Sanitation, dispensaries and jails vaccination Rajputana 1922-1927 - 1922-1927
Year: 1922
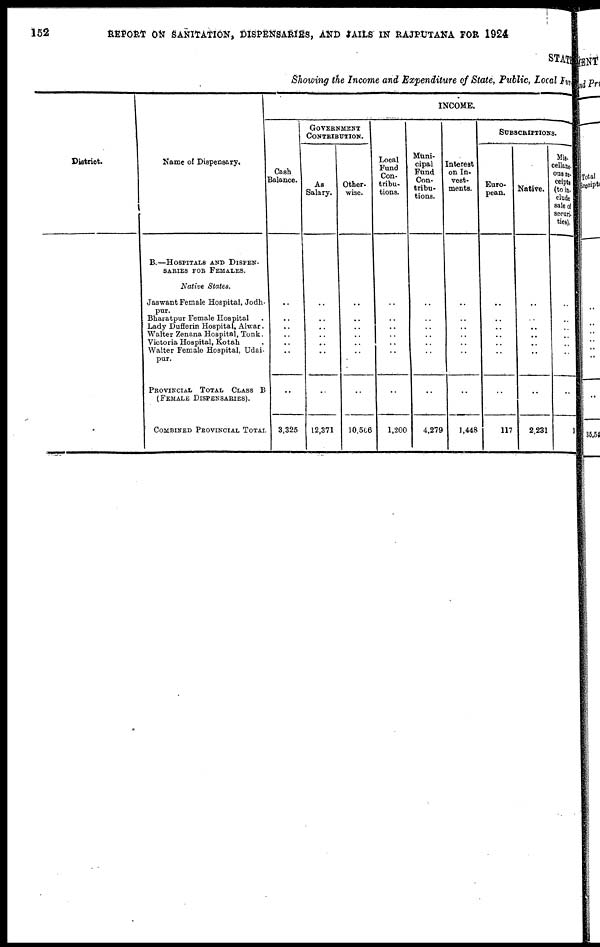
152
REPORT ON SANITATION, DISPENSARIES, AND JAILS IN RAJPUTANA FOR 1924
STATE
Showing the Income and Expenditure of State, Public, Local Fund
District.
Name of Dispensary.
B.—HOSPITALS AND DISPEN-
SARIES FOR FEMALES.
Native States.
Jaswant Female Hospital, Jodh¬
pur.
Bharatpur Female Hospital .
Lady Dufferin Hospital, Alwar.
Walter Zenana Hospital, Tonk.
Victoria Hospital, Kotah .
Walter Female Hospital, Udai¬
pur.
PROVINCIAL TOTAL CLASS B
(FEMALE DISPENSARIES).
COMBINED PROVINCIAL TOTAL
INCOME.
Cash
Balance.
..
..
..
..
..
..
..
3,325
GOVERNMENT
CONTRIBUTION.
As
Salary.
..
..
..
..
..
..
..
12,371
Other-
wise.
..
..
..
..
..
..
..
10,566
Local
Fund
Con-
tribu-
tions.
..
..
..
..
..
..
..
1,200
Muni-
cipal
Fund
Con-
tribu-
tions.
..
..
..
..
..
..
..
4,279
Interest
on In-
vest-
ments.
..
..
..
..
..
..
..
1,448
SUBSCRIPTIONS.
Euro-
pean.
..
..
..
..
..
..
..
117
Native.
..
..
..
..
..
..
..
2,231
Mis¬
cellane¬
ous re¬
ceipts
(to in¬
clude
sale of
securi¬
ties).
..
..
..
..
..
..
..